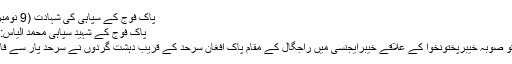
پاک فوج کے سپاہی کی شہادت (9 نومبر 2017)
پاک فوج کے شہید سپاہی محمد الیاس: فوٹو/ فائل
9 نومبر کو صوبہ خیبرپختونخوا کے علاقے خیبرایجنسی میں راجگال کے مقام پاک افغان سرحد کے قریب دہشت گردوں نے سرحد پار سے فائرنگ کی۔